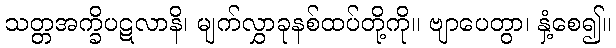
သတ္တအက္ခိပဋလာနိ၊ မျက်လွှာခုနစ်ထပ်တို့ကို။ ဗျာပေတွာ၊ နှံ့စေ၍။